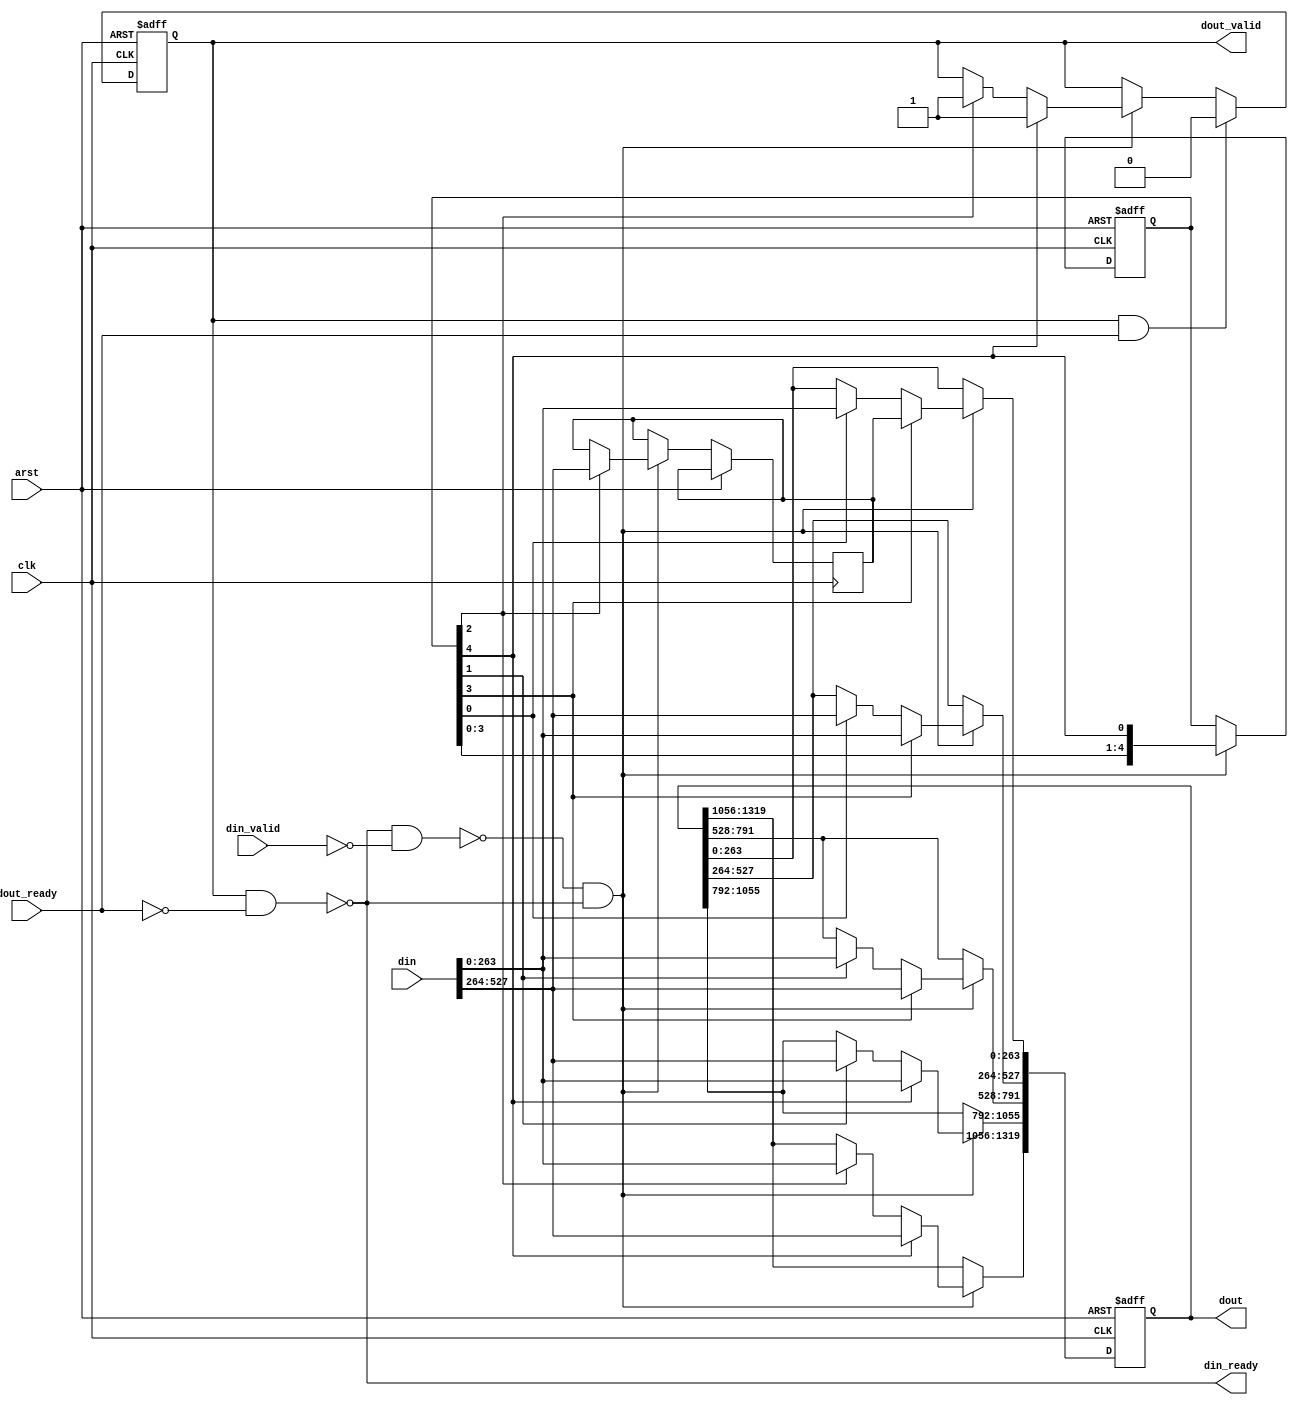
// Copyright 2009 Altera Corporation. All rights reserved.  
// Altera products are protected under numerous U.S. and foreign patents, 
// maskwork rights, copyrights and other intellectual property laws.  
//
// This reference design file, and your use thereof, is subject to and governed
// by the terms and conditions of the applicable Altera Reference Design 
// License Agreement (either as signed by you or found at www.altera.com).  By
// using this reference design file, you indicate your acceptance of such terms
// and conditions between you and Altera Corporation.  In the event that you do
// not agree with such terms and conditions, you may not use the reference 
// design file and please promptly destroy any copies you have made.
//
// This reference design file is being provided on an "as-is" basis and as an 
// accommodation and therefore all warranties, representations or guarantees of 
// any kind (whether express, implied or statutory) including, without 
// limitation, warranties of merchantability, non-infringement, or fitness for
// a particular purpose, are specifically disclaimed.  By making this reference
// design file available, Altera expressly does not recommend, suggest or 
// require that this reference design file be used in combination with any 
// other product not provided by Altera.
/////////////////////////////////////////////////////////////////////////////

// baeckler - 12-17-2008

// Order:
// given 76543210, fedcba98, nmlkjihg
// output jihg fedcba98 76543210 as the first word

module eight_to_twenty #(
	parameter WORD_LEN = 66
)
(
	input clk,arst,
	
	input [8*WORD_LEN-1:0] din, 
	input din_valid,
	output din_ready,
	
	output reg [20*WORD_LEN-1:0] dout,
	input dout_ready,
	output reg dout_valid		
);

// Possible states :
//	 0 : 20 out, no residue 
//   1 : holding 8 words
//   2 : holding 16 words
//   3 : 20 out, holding residue of 4
//   4 : holding 12 words
reg [4:0] state;

wire input_wait = din_ready & !din_valid;
wire output_wait = dout_valid & !dout_ready;
assign din_ready = !output_wait;

always @(posedge clk or posedge arst) begin
	if (arst) state <= 5'b1;
	else if (!input_wait & !output_wait)
		state <= {state [3:0],state[4]};
end

reg [4*WORD_LEN-1:0] surplus;
always @(posedge clk or posedge arst) begin
	if (arst) begin
		dout <= 0;
		dout_valid <= 0;
	end
	else begin
		if (!input_wait & !output_wait) begin
			if (state[0]) begin
				dout[8*WORD_LEN-1:0] <= din;
			end
			if (state[1]) begin
				dout[16*WORD_LEN-1:8*WORD_LEN] <= din;
			end
			if (state[2]) begin
				dout[20*WORD_LEN-1:16*WORD_LEN] <= din[4*WORD_LEN-1:0];
				surplus <= din[8*WORD_LEN-1:4*WORD_LEN];
				dout_valid <= 1'b1;
			end
			if (state[3]) begin
				dout[4*WORD_LEN-1:0] <= surplus;
				dout[12*WORD_LEN-1:4*WORD_LEN] <= din;
			end
			if (state[4]) begin
				dout[20*WORD_LEN-1:12*WORD_LEN] <= din;			
				dout_valid <= 1'b1;
			end
		end	
		
		if (dout_valid & dout_ready) dout_valid <= 1'b0;				
	end	
end
endmodule